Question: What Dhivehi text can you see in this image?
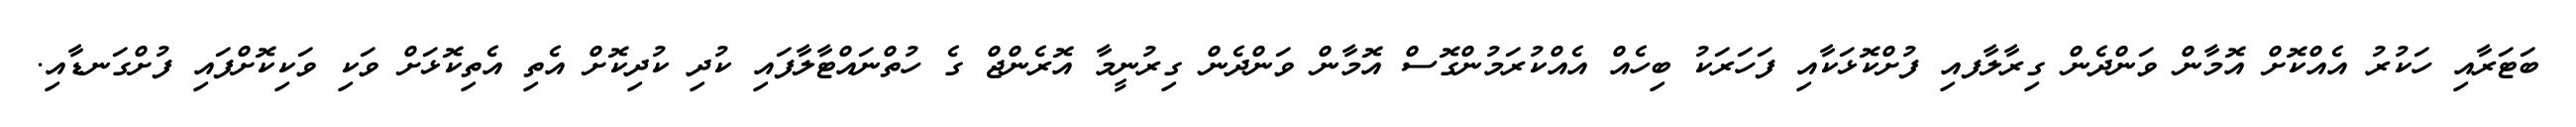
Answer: ބަޓަރާއި ހަކުރު އެއްކޮށް އޮމާން ވަންދެން ގިރާލާފއި ފުށްކޮޅަކާއި ފަހަރަކު ބިހެއް އެއްކުރަމުންގޮސް އޮމާން ވަންދެން ގިރުނީމާ އޮރެންޖް ގެ ހުތްނައްޓާލާފައި ކުދި ކުދިކޮށް އެތި އެތިކޮޅަށް ވަކި ވަކިކޮށްފައި ފުށްގަނޑާއި.